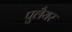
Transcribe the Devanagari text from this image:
पुलैयर